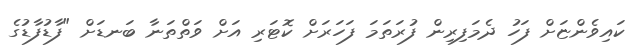
ކައިވެންޏަށް ފަހު ދެމަފިރިން ފުރަތަމަ ފަހަރަށް ކޮޓަރި އަށް ވަތްތަނާ ބަނޑަށް "ފާޑުފާޑުގެ